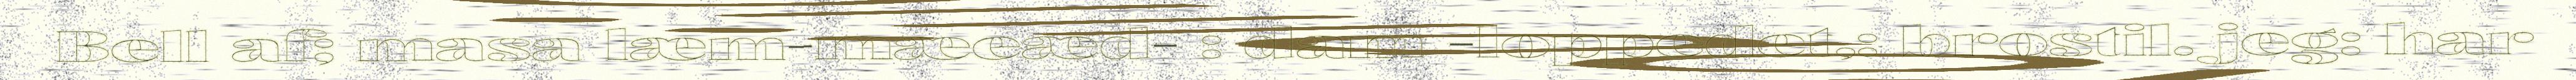
Bell af; masa læm-mæeæd- : dam -loppedet,: brostil. jeg: har